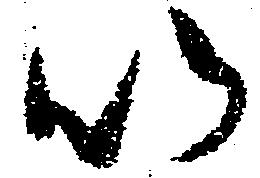
以